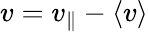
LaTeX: v=v_{\parallel}-\langle v\rangle